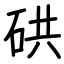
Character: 硔